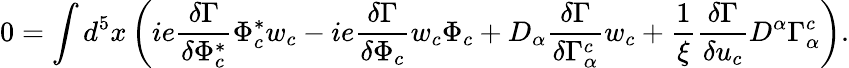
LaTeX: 0=\int d^{5}x\left(ie\frac{\delta\Gamma}{\delta\Phi_{c}^{*}}\Phi_{c}^{*}w_{c}-ie\frac{\delta\Gamma}{\delta\Phi_{c}}w_{c}\Phi_{c}+D_{\alpha}\frac{\delta\Gamma}{\delta\Gamma_{\alpha}^{c}}w_{c}+\frac{1}{\xi}\frac{\delta\Gamma}{\delta u_{c}}D^{\alpha}\Gamma_{\alpha}^{c}\right).